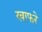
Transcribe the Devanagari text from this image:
खाफरे